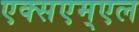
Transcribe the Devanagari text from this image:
एक्सएम्एल